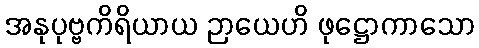
အနုပုဗ္ဗကိရိယာယ ဉာယေဟိ ဖုဋ္ဌောကာသော